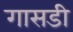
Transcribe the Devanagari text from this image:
गासडी